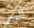
أليس